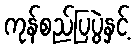
ကုန်စည်ပြပွဲနှင့်